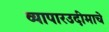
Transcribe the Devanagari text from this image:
व्यापारउदीमाचे